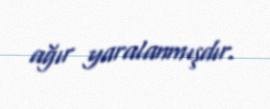
ağır yaralanmışdır.